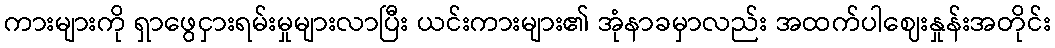
ကားများကို ရှာဖွေငှားရမ်းမှုများလာပြီး ယင်းကားများ၏ အုံနာခမှာလည်း အထက်ပါဈေးနှုန်းအတိုင်း